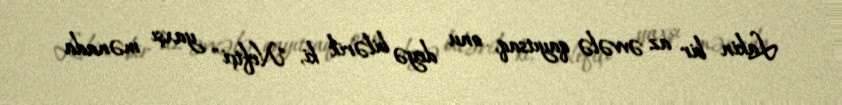
Lakin bir az əvvələ qayıtsaq, onu deyə bilərik ki, "Neftçi" yaxşı mənada